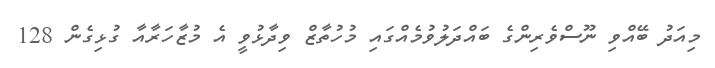
މިއަދު ބޭއްވި ނޫސްވެރިންގެ ބައްދަލުވުމެއްގައި މުހުތާޒް ވިދާޅުވީ އެ މުޒާހަރާއާ ގުޅިގެން 128